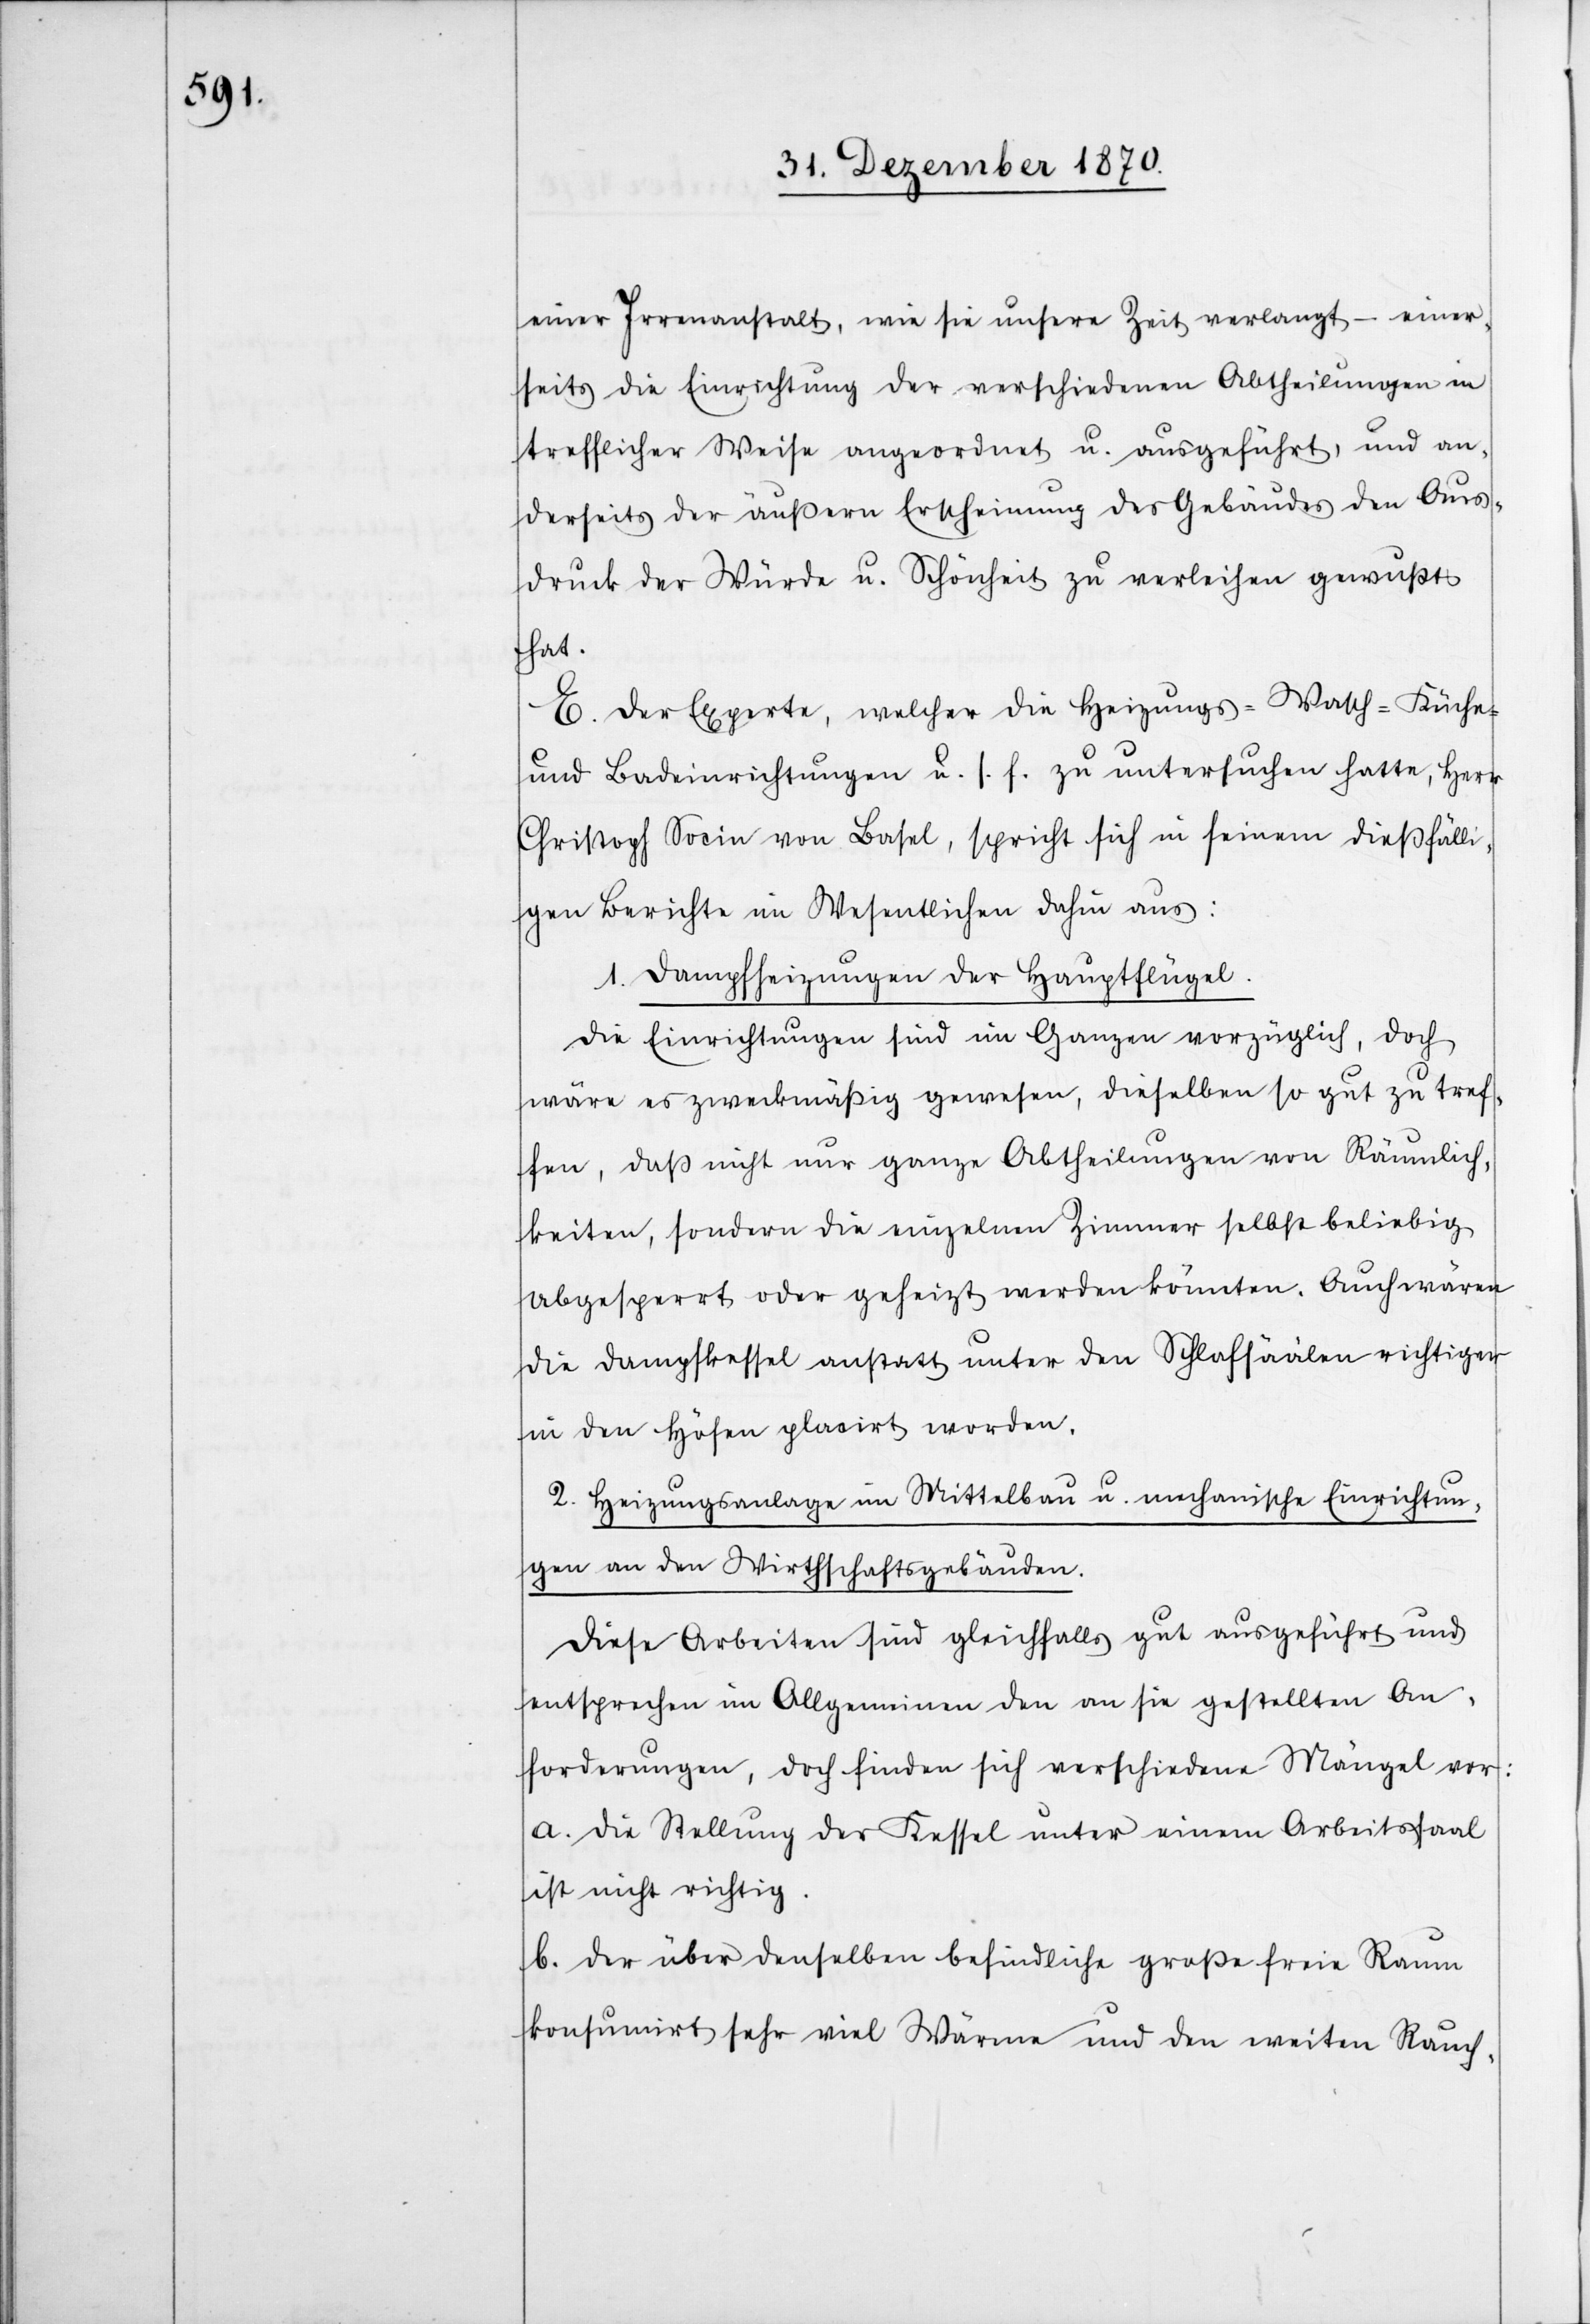
einer Irrenanstalt, wie sie unsere Zeit verlangt – einer¬
seits die Einrichtung der verschiedenen Abtheilungen in
trefflicher Weise angeordnet u. ausgeführt, und an¬
derseits der äußern Erscheinung des Gebäudes den Aus¬
druck der Würde u. Schönheit zu verleihen gewußt
hat.
E. Der Experte, welcher die Heizungs-[,] Wasch-[,] Küche[-]
und Badeinrichtungen u. s. f. zu untersuchen hatte, Herr
Christoph Socie von Basel, spricht sich in seinem dießfälli¬
gen Berichte im Wesentlichen dahin aus:
1. Dampfheizungen der Hauptflügel.
Die Einrichtungen sind im Ganzen vorzüglich, doch
wäre es zweckmäßig gewesen, dieselben so gut zu tref¬
fen, daß nicht nur ganze Abtheilungen von Räumlich¬
keiten, sondern die einzelnen Zimmer selbst beliebig
abgesperrt oder geheizt werden könnten. Auch wären
die Dampfkessel anstatt unter den Schlafsäälen richtiger
in den Höfen placirt werden.
2. Heizungsanlage im Mittelbau u. mechanische Einrichtun¬
gen an den Wirthschaftsgebäuden.
Diese Arbeiten sind gleichfalls gut ausgeführt und
entsprechen im Allgemeinden den an sie gestellten An¬
forderungen, doch finden sich verschiedene Mängel vor:
a. Die Stellung des Kessel unter einem Arbeitssaal
ist nicht richtig.
b. Der über denselben befindliche große freie Raum
konsumirt sehr viel Wärme und den weiten Rauch-